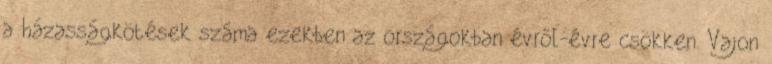
a házasságkötések száma ezekben az országokban évről-évre csökken. Vajon